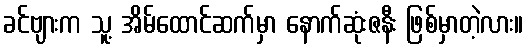
ခင်ဗျားက သူ့ အိမ်ထောင်ဆက်မှာ နောက်ဆုံးဇနီး ဖြစ်မှာတဲ့လား။